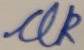
Text: UK